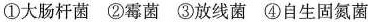
①大肠杆菌 ②霉菌 ③放线菌 ④自生固氮菌